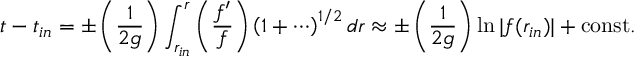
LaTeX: t - t _ { i n } = \pm \left( { \frac { 1 } { 2 g } } \right) \int _ { r _ { i n } } ^ { r } \left( { \frac { f ^ { \prime } } { f } } \right) \left( 1 + \cdots \right) ^ { 1 / 2 } d r \approx \pm \left( { \frac { 1 } { 2 g } } \right) \ln | f ( r _ { i n } ) | + \mathrm { c o n s t . }